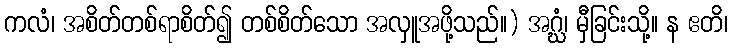
ကလံ၊ အစိတ်တစ်ရာစိတ်၍ တစ်စိတ်သော အလှူအဖို့သည်။) အဂ္ဃံ၊ မှီခြင်းသို့။ န ဧတိ၊